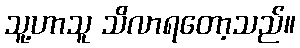
သူ့ဟာသူ သိလာရတော့သည်။